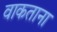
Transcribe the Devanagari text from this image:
वाकताना